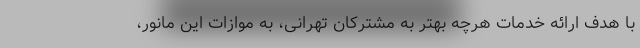
با هدف ارائه خدمات هرچه بهتر به مشترکان تهرانی، به موازات این مانور،